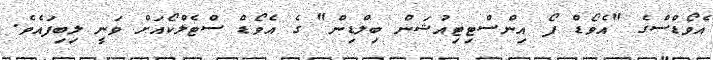
އެވޯޑްސްގެ "އެވޯޑް ފޯ އިންސްޓިޓިއުޝަން ބިލްޑިން" ގެ އެވޯޑް ސްޓެލްކޯއަށް ވަނީ ލިބިފައެވެ.